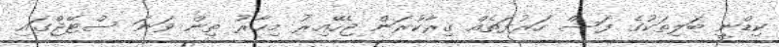
ކިޑްނީ ބަލިތަކުގެ ފަސް ހަރުފަތެއް ގިރާކުރަން ޖެހޭއިރު މިހާރު ތިން ވަނަ ސްޓޭޖްގައި